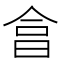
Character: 𣌭